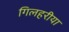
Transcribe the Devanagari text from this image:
गिलहरीया